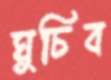
ঘুচিব